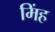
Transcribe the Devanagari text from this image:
मिंह